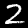
Label: 2